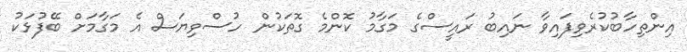
އިންތިހާބުކުރެވިފައިވާ ނައިބު ރައީސްގެ މަގާމު ކޮންމެ ގޮތަކުން ހުސްވިޔަސް އެ މަގާމަށް ބޭފުޅަކު